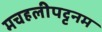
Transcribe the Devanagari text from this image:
मचहलीपट्टनम